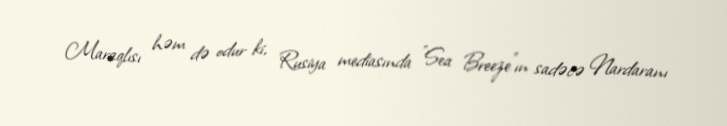
Maraqlısı həm də odur ki, Rusiya mediasında "Sea Breeze"ın sadəcə Nardaranı